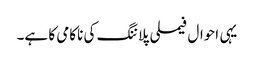
یہی احوال فیملی پلاننگ کی ناکامی کا ہے۔